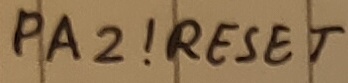
Text: PA2!RESET